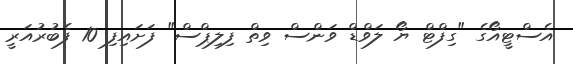
އެސްޓީއޯގެ "ގިފްޓް ޔޯ ލަވްޑް ވަންސް ވިތް ފިލިޕްސް" ފަށައިފި 10 ފެބުރުއަރީ